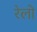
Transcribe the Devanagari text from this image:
रेलो